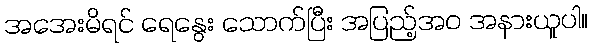
အအေးမိရင် ရေနွေး သောက်ပြီး အပြည့်အဝ အနားယူပါ။